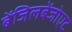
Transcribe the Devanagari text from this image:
बेंजिलबेंजोएट